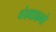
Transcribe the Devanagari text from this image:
चंदवडढनो